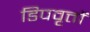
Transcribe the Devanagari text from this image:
डिपवृत्तों